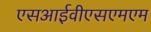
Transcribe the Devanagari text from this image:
एसआईवीएसएमएम